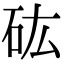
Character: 𥐪